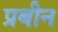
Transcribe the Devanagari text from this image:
प्रबीन